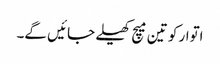
اتوار کو تین میچ کھیلے جائیں گے۔